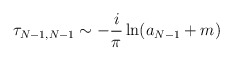
\begin{align*}\tau_{N-1,N-1} \sim - {i \over \pi} \ln ( a_{N-1} + m)\end{align*}